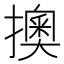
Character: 擙